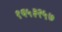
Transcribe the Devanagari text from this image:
१६५३२५७